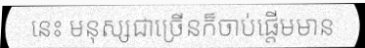
នេះ មនុស្សជាច្រើនក៏ចាប់ផ្តើមមាន